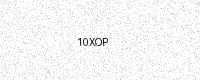
Text: 10XOP